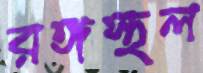
রঙ্গস্থল